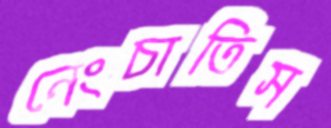
নেংচাতিস